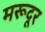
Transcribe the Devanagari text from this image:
मरूदूर